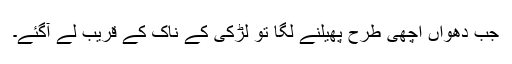
جب دھواں اچھی طرح پھیلنے لگا تو لڑکی کے ناک کے قریب لے آگئے۔